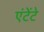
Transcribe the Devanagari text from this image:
एंटेंटे